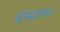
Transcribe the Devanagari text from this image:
ब्राम्हणच